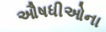
ઔષધીઓના